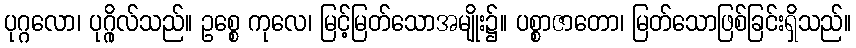
ပုဂ္ဂလော၊ ပုဂ္ဂိုလ်သည်။ ဥစ္စေ ကုလေ၊ မြင့်မြတ်သောအမျိုး၌။ ပစ္စာဇာတော၊ မြတ်သောဖြစ်ခြင်းရှိသည်။